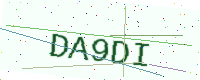
Text: DA9DI